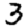
Digit: 3